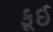
કૂઈ